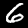
Digit: 6